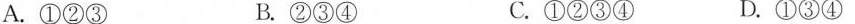
A.①②③ B.②③④ C.①②③④ D.①③④